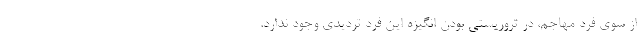
از سوی فرد مهاجم، در تروریستی بودن انگیزه این فرد تردیدی وجود ندارد.